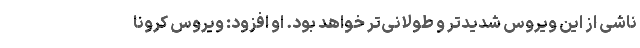
ناشی از این ویروس شدیدتر و طولانی‌تر خواهد بود. او افزود: ویروس کرونا